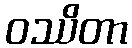
ဝဿိတာ